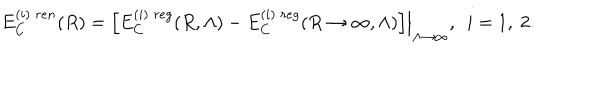
E _ { C } ^ { ( i ) \; r e n } ( R ) = \left. \left[ E _ { C } ^ { ( i ) \; r e g } ( R , \Lambda ) - E _ { C } ^ { ( i ) \; r e g } ( R \to \infty , \Lambda ) \right] \right| _ { \Lambda \to \infty } , ~ ~ i = 1 , ~ 2 .